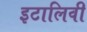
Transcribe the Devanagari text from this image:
इटालिवी